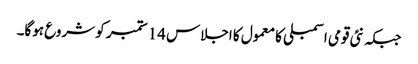
جبکہ نئی قومی اسمبلی کا معمول کا اجلاس 14 ستمبر کو شروع ہوگا۔